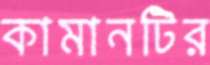
কামানটির